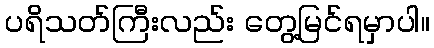
ပရိသတ်ကြီးလည်း တွေ့မြင်ရမှာပါ။